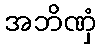
အဘိဏှံ